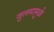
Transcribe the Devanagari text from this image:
जुलमामुळे